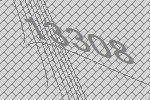
13308